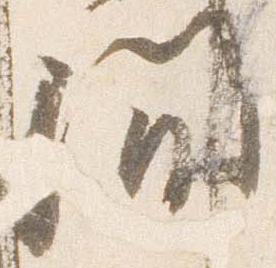
間